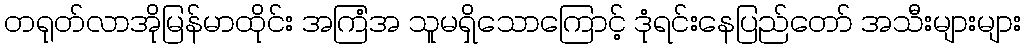
တရုတ်လာအိုမြန်မာထိုင်း အကြံအ သူမရှိသောကြောင့် ဒုံရင်းနေပြည်တော် အသီးများများ